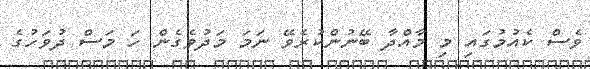
ވެސް ކެއުމުގައި މި މާއްދާ ބޭނުންކުރެވޭ ނަމަ މަދުވެގެން ހަ މަސް ދުވަހުގެ